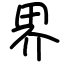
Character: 界